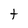
Character: t